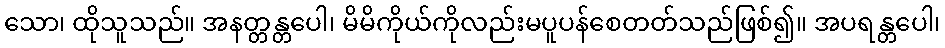
သော၊ ထိုသူသည်။ အနတ္တန္တပေါ၊ မိမိကိုယ်ကိုလည်းမပူပန်စေတတ်သည်ဖြစ်၍။ အပရန္တပေါ၊